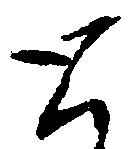
と